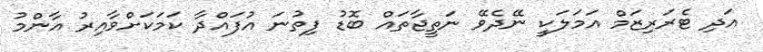
އަދި ޓެރަރިޒަމް އަމަލަކީ ނޭދެވޭ ނަތީޖާތައް ބޮޑު ފިތުނަ އުފައްދާ ކަމަކަށްވާއިރު އާންމު